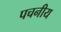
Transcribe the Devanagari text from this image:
पचनीय